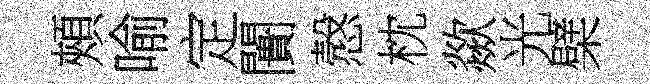
頰喻定闠慤枕歘光檗